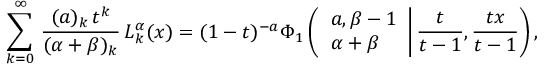
\begin{array} { l } { \displaystyle \sum _ { k = 0 } ^ { \infty } \, \frac { ( a ) _ { k } \, t ^ { k } } { ( \alpha + \beta ) _ { k } } \, L _ { k } ^ { \alpha } ( x ) = ( 1 - t ) ^ { - a } \Phi _ { 1 } \left( \left. \begin{array} { l } { a , \beta - 1 } \\ { \alpha + \beta } \end{array} \right| \frac t { t - 1 } , \frac { t x } { t - 1 } \right) , } \end{array}